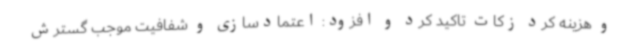
و هزینه کرد زکات تاکید کرد و افزود: اعتمادسازی و شفافیت موجب گسترش